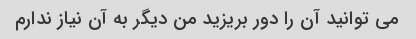
می توانید آن را دور بریزید من دیگر به آن نیاز ندارم